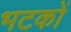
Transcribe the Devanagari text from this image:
भटकों